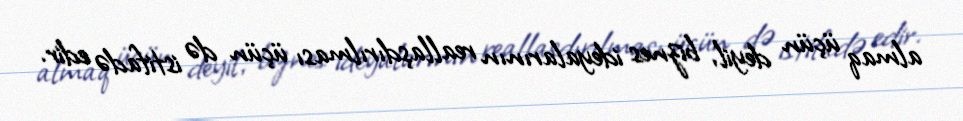
almaq üçün deyil, biznes ideyalarının reallaşdırılması üçün də istifadə edir.